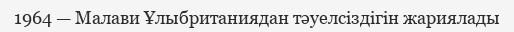
1964 — Малави Ұлыбританиядан тәуелсіздігін жариялады